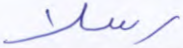
رسلا